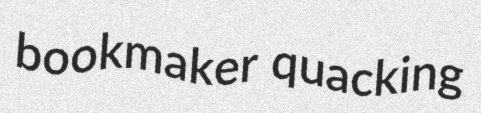
bookmaker quacking